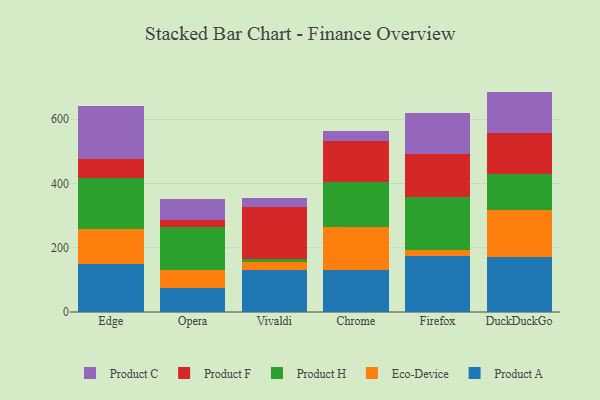
{"axis": {"x": "Browser", "y": "Market Share (%)"}, "legend": ["Eco-Device", "Product A", "Product C", "Product F", "Product H"], "data": [{"x": "Edge", "y": 149.5, "type": "Product A"}, {"x": "Edge", "y": 110.2, "type": "Eco-Device"}, {"x": "Edge", "y": 156.1, "type": "Product H"}, {"x": "Edge", "y": 61.1, "type": "Product F"}, {"x": "Edge", "y": 163.6, "type": "Product C"}, {"x": "Opera", "y": 74.9, "type": "Product A"}, {"x": "Opera", "y": 56.9, "type": "Eco-Device"}, {"x": "Opera", "y": 134.1, "type": "Product H"}, {"x": "Opera", "y": 19.7, "type": "Product F"}, {"x": "Opera", "y": 66.4, "type": "Product C"}, {"x": "Vivaldi", "y": 129.6, "type": "Product A"}, {"x": "Vivaldi", "y": 24.6, "type": "Eco-Device"}, {"x": "Vivaldi", "y": 11.1, "type": "Product H"}, {"x": "Vivaldi", "y": 163.0, "type": "Product F"}, {"x": "Vivaldi", "y": 27.1, "type": "Product C"}, {"x": "Chrome", "y": 130.5, "type": "Product A"}, {"x": "Chrome", "y": 134.9, "type": "Eco-Device"}, {"x": "Chrome", "y": 140.4, "type": "Product H"}, {"x": "Chrome", "y": 127.5, "type": "Product F"}, {"x": "Chrome", "y": 29.6, "type": "Product C"}, {"x": "Firefox", "y": 175.0, "type": "Product A"}, {"x": "Firefox", "y": 19.4, "type": "Eco-Device"}, {"x": "Firefox", "y": 162.4, "type": "Product H"}, {"x": "Firefox", "y": 134.1, "type": "Product F"}, {"x": "Firefox", "y": 128.9, "type": "Product C"}, {"x": "DuckDuckGo", "y": 172.0, "type": "Product A"}, {"x": "DuckDuckGo", "y": 144.4, "type": "Eco-Device"}, {"x": "DuckDuckGo", "y": 114.3, "type": "Product H"}, {"x": "DuckDuckGo", "y": 125.4, "type": "Product F"}, {"x": "DuckDuckGo", "y": 130.1, "type": "Product C"}]}